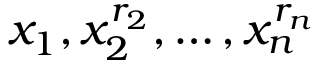
x _ { 1 } , x _ { 2 } ^ { r _ { 2 } } , \dots , x _ { n } ^ { r _ { n } }